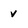
Character: v